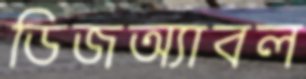
ডিজঅ্যাবল